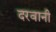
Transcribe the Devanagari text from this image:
दरवानी